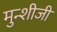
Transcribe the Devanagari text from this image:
मुन्शीजी